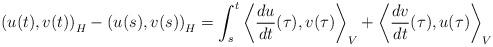
LaTeX: \begin{align*} \left( u(t) ,v(t)\right)_H- \left( u(s) ,v(s)\right)_H = \int_s^t \left\langle \frac{du}{dt}(\tau),v(\tau)\right\rangle_V +\left\langle \frac{dv}{dt}(\tau),u(\tau)\right\rangle_V \end{align*}